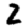
Digit: 2